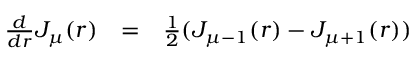
\begin{array} { c c c } { { \frac { d } { d r } J _ { \mu } ( r ) } } & { { = } } & { { \frac { 1 } { 2 } ( J _ { \mu - 1 } ( r ) - J _ { \mu + 1 } ( r ) ) } } \end{array}